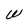
Character: W